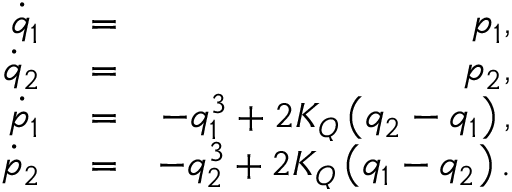
\begin{array} { r l r } { \dot { q } _ { 1 } } & { { } = } & { p _ { 1 } , } \\ { \dot { q } _ { 2 } } & { { } = } & { p _ { 2 } , } \\ { \dot { p } _ { 1 } } & { { } = } & { - q _ { 1 } ^ { 3 } + 2 K _ { Q } \left( q _ { 2 } - q _ { 1 } \right) , } \\ { \dot { p } _ { 2 } } & { { } = } & { - q _ { 2 } ^ { 3 } + 2 K _ { Q } \left( q _ { 1 } - q _ { 2 } \right) . } \end{array}